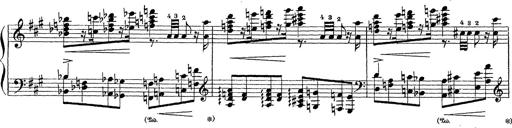
Title: Ballade No.1
Composer: Richard St. Clair